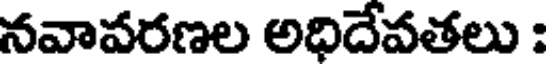
నవావరణల అధిదేవతలు :